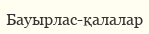
Бауырлас-қалалар